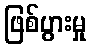
ဖြစ်ပွားမှု